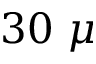
3 0 ~ \mu